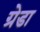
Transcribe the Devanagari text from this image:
ग्रेडा